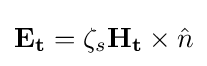
\mathbf {E_{t}} =\zeta _{s}\mathbf {H_{t}} \times {\hat {n}}